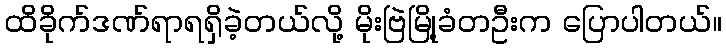
ထိခိုက်ဒဏ်ရာရရှိခဲ့တယ်လို့ မိုးဗြဲမြို့ခံတဦးက ပြောပါတယ်။